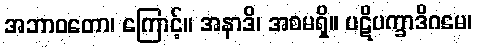
အဘာဝတော၊ ကြောင့်။ အနာဒိ၊ အစမရှိ။ ပဋိပက္ခာဒိဂမေ၊